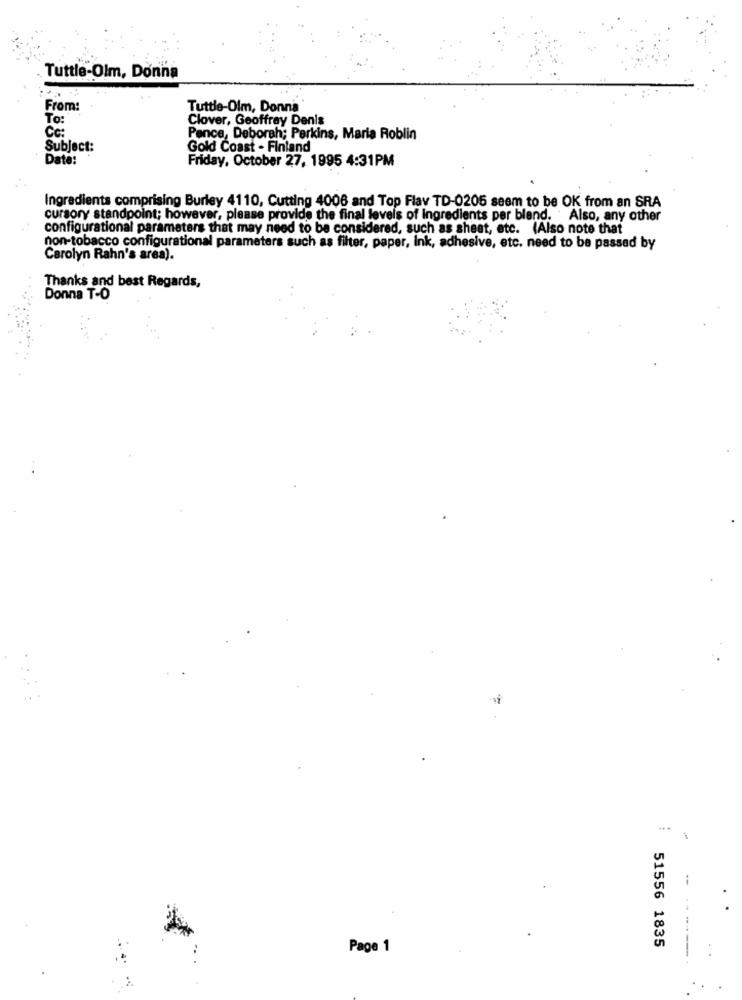
Tuttle-Olm, Donna
From:
Tuttle-Olm, Donna
To:
Clover, Geoffrey Denis
Cc:
Pence, Deborah; Perkins, Maria Roblin
Subject:
Gold Coast - Finland
Date:
Friday, October 27, 1995 4:31PM
Ingredients comprising Burley 4110, Cutting 4006 and Top Flav TD-0205 seem to be OK from an SRA
cursory standpoint; however, please provide the final levels of ingredients per blend. Also, any other
configurational parameters that may need to be considered, such as sheet, etc. (Also note that
non-tobacco configurational parameters such as filter, paper, ink, adhesive, etc. need to be passed by
Carolyn Rahn's area).
Thanks and best Regards,
Donna T-O
51556 1835
Page 1